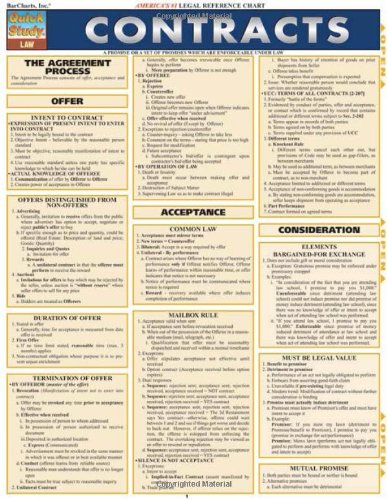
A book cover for Quick Study Law Contracts; Inc. BarCharts; Law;